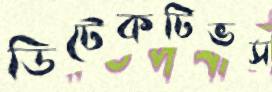
ডিটেকটিভস